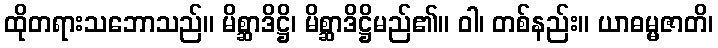
ထိုတရားသဘောသည်။ မိစ္ဆာဒိဋ္ဌိ၊ မိစ္ဆာဒိဋ္ဌိမည်၏။ ဝါ၊ တစ်နည်း။ ယာဓမ္မဇာတိ၊